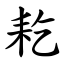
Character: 䎢